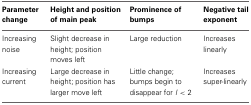
<table><thead><tr><td><b>Parameter change</b></td><td><b>Height and position of main peak</b></td><td><b>Prominence of bumps</b></td><td><b>Negative tail exponent</b></td></tr></thead><tbody><tr><td>Increasing noise</td><td>Slight decrease in height; position moves left</td><td>Large reduction</td><td>Increases linearly</td></tr><tr><td>Increasing current</td><td>Large decrease in height; position has larger move left</td><td>Little change; bumps begin to disappear for <i>I</i> &lt; 2</td><td>Increases super-linearly</td></tr></tbody></table>